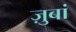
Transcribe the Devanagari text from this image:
ज़ुबां